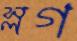
স্লগ